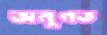
অনুগত